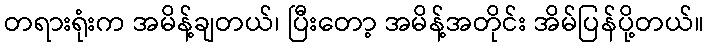
တရားရုံးက အမိန့်ချတယ်၊ ပြီးတော့ အမိန့်အတိုင်း အိမ်ပြန်ပို့တယ်။